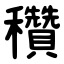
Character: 穳